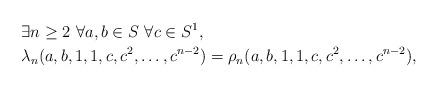
LaTeX: \begin{align*} &\exists n\ge2\ \forall a,b \in S\ \forall c\in S^{1},\\ & \lambda_{n}(a,b,1,1,c,c^{2},\ldots ,c^{n-2}) =\rho_{n} (a,b,1,1,c,c^{2},\ldots ,c^{n-2}),\end{align*}